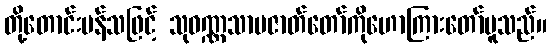
တို့တောင်းပန်သဖြင့် သုဝဏ္ဏသာမဇာတ်တော်ကိုဟောကြားတော်မူသည်။